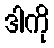
ဒါကို